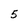
Character: 5